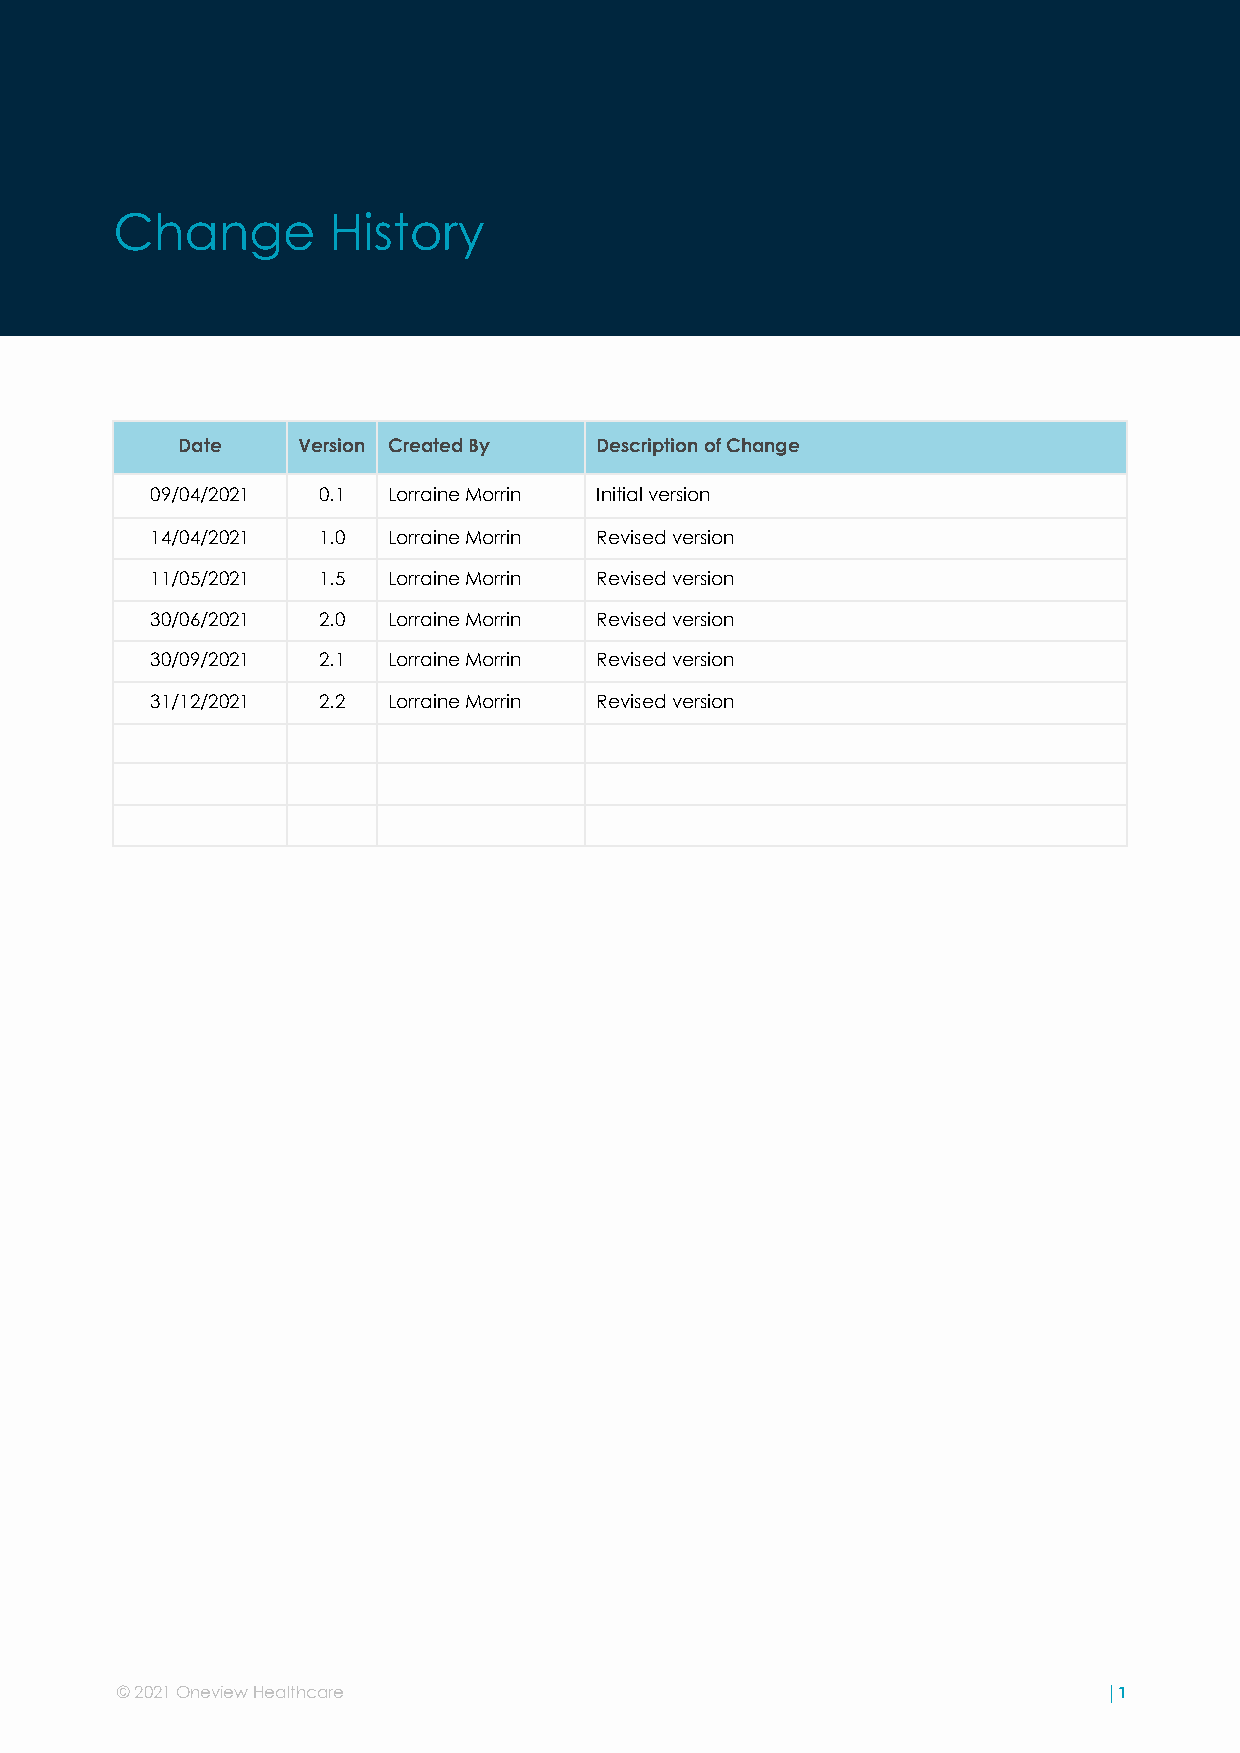
Change        History
 Date    Version Created By Description of Change
 09/04/2021 0.1  Lorraine Morrin Initial version
 14/04/2021 1.0  Lorraine Morrin Revised version
 11/05/2021 1.5  Lorraine Morrin Revised version
 30/06/2021 2.0  Lorraine Morrin Revised version
 30/09/2021 2.1  Lorraine Morrin Revised version
 31/12/2021 2.2  Lorraine Morrin Revised version
 © 2021 Oneview Healthcare                                        |1
 ©